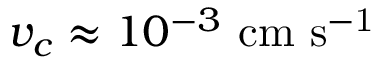
v _ { c } \approx 1 0 ^ { - 3 } \ \mathrm { c m \ s ^ { - 1 } }